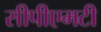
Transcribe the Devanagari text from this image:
सीपीएमटी